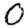
Digit: 0